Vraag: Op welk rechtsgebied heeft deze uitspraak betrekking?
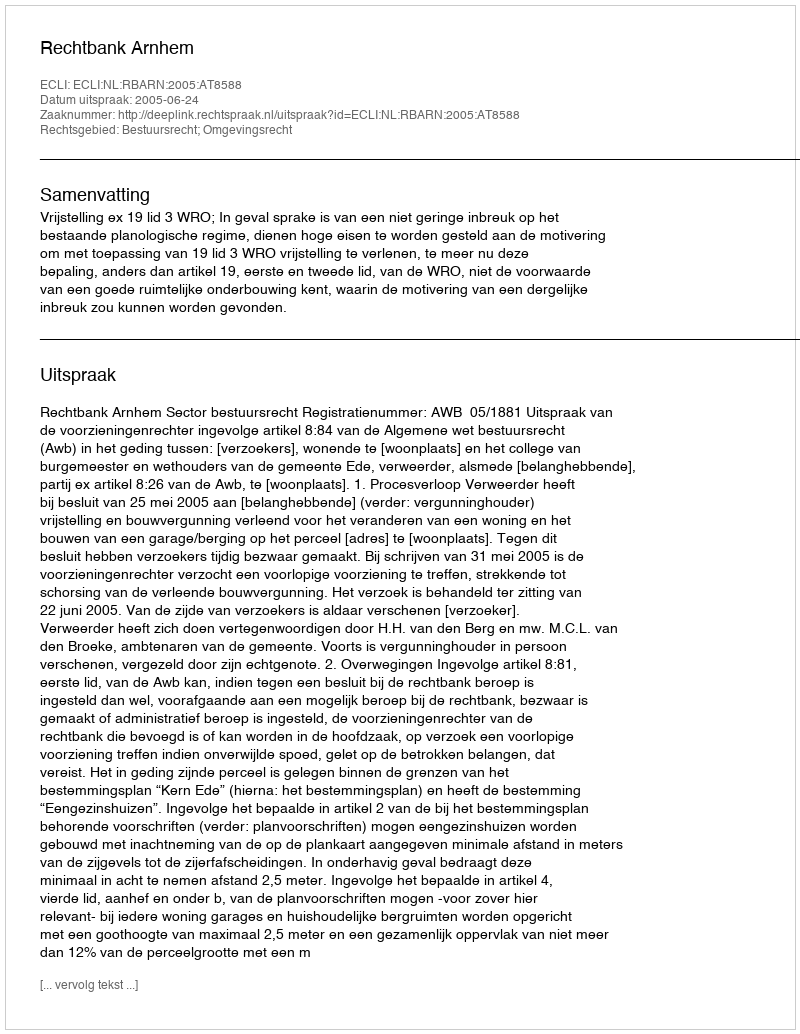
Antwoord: Bestuursrecht; Omgevingsrecht